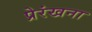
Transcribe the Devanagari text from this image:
प्रेरंखना